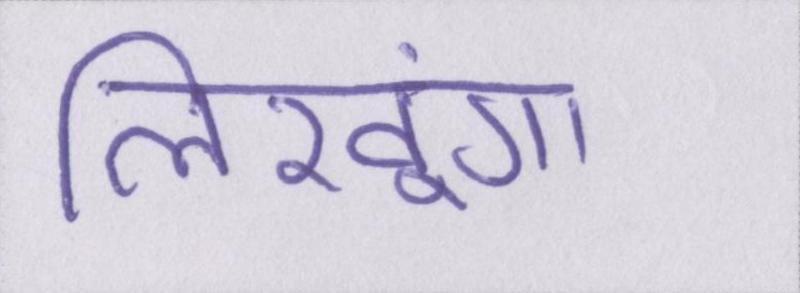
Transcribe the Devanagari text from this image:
लिखूंगा